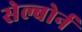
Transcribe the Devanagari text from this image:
सेल्बोर्न